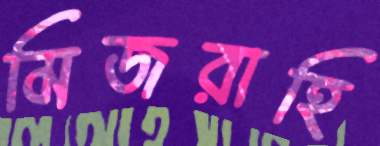
মিজরাহি